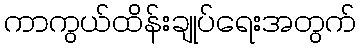
ကာကွယ်ထိန်းချုပ်ရေးအတွက်